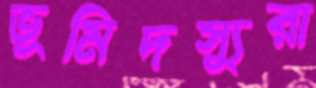
ভূমিদস্যুরা